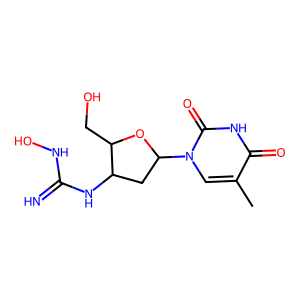
SMILES: Cc1cn(C2CC(NC(=N)NO)C(CO)O2)c(=O)[nH]c1=O
Inhibits HIV replication: No